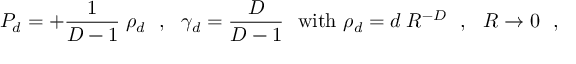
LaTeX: P _ { d } = + { \frac { 1 } { D - 1 } } \; \rho _ { d } ~ ~ , ~ ~ \gamma _ { d } = { \frac { D } { D - 1 } } ~ ~ \mathrm { w i t h ~ } \rho _ { d } = d \; R ^ { - D } ~ ~ , ~ ~ R \to 0 ~ ~ ,